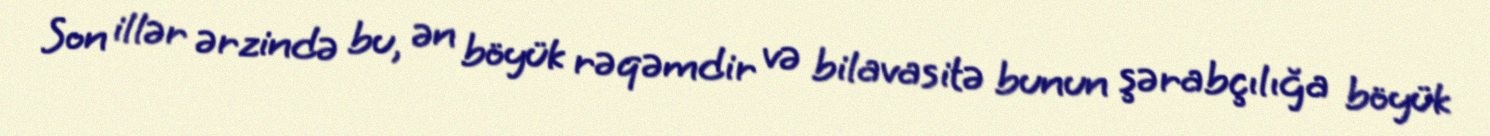
Son illər ərzində bu, ən böyük rəqəmdir və bilavasitə bunun şərabçılığa böyük